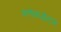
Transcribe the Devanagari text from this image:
अनेकडोटल